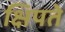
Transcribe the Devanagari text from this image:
क्षिपते